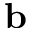
\mathbf { b }